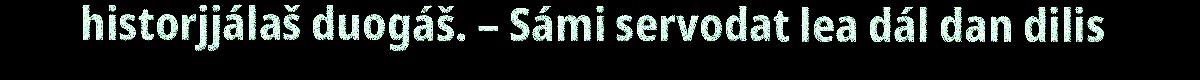
historjjálaš duogáš. – Sámi servodat lea dál dan dilis